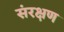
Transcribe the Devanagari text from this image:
संरक्षण